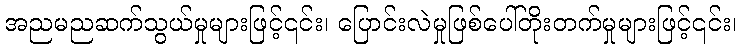
အညမညဆက်သွယ်မှုများဖြင့်၎င်း၊ ပြောင်းလဲမှုဖြစ်ပေါ်တိုးတက်မှုများဖြင့်၎င်း၊